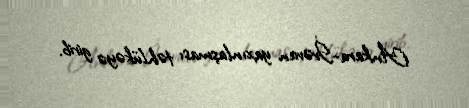
Ankara-İrəvan yaxınlaşması təhlükəyə girib.